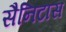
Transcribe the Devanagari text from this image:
सैनिटास